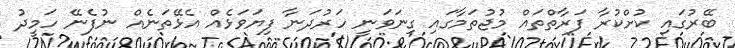
ބޭރުގައި ކުށްކުރާ ފަރާތްތައް މުޖުތަމާގައި ގިނަވަނީ ހަރުދަނާ ފިޔަވަޅެއް އެޅޭތަނެއް ނުފެނޭ ހަމީދު